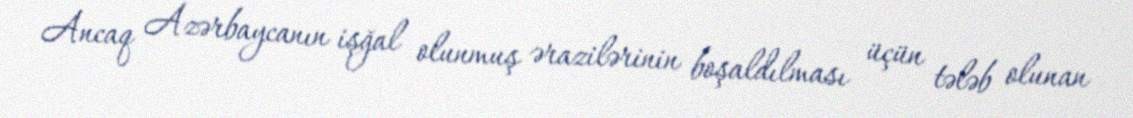
Ancaq Azərbaycanın işğal olunmuş ərazilərinin boşaldılması üçün tələb olunan